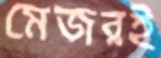
মেজরই